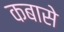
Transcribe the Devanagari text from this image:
कबासे